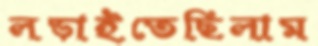
লড়াইতেছিলাম